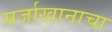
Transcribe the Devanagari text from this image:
सर्जाखानाचा